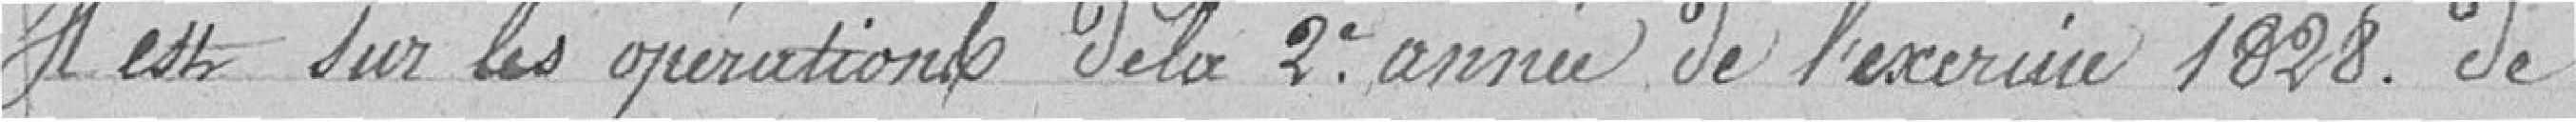
Il est sur les opérations de la 2ème année de l'exercice 1828  de